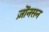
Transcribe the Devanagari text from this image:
ज़ोंनसन